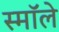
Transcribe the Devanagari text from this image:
स्मॉले